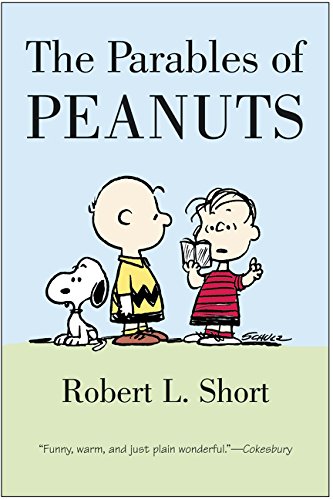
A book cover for The Parables of Peanuts; Robert L. Short; Comics & Graphic Novels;